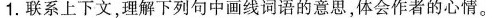
1.联系上下文，理解下列句中画线词语的意思，体会作者的心情。